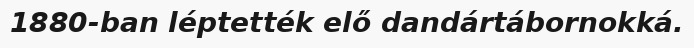
1880-ban léptették elő dandártábornokká.